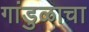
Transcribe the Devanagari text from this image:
गांडुळाचा